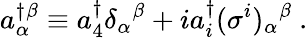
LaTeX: a_{\alpha}^{\dagger}\! ^{\beta}\equiv a_{4}^{\dagger}\delta_{\alpha}{}^{\beta}+ia_{i}^{\dagger}(\sigma^{i})_{\alpha}{}^{\beta}\ .